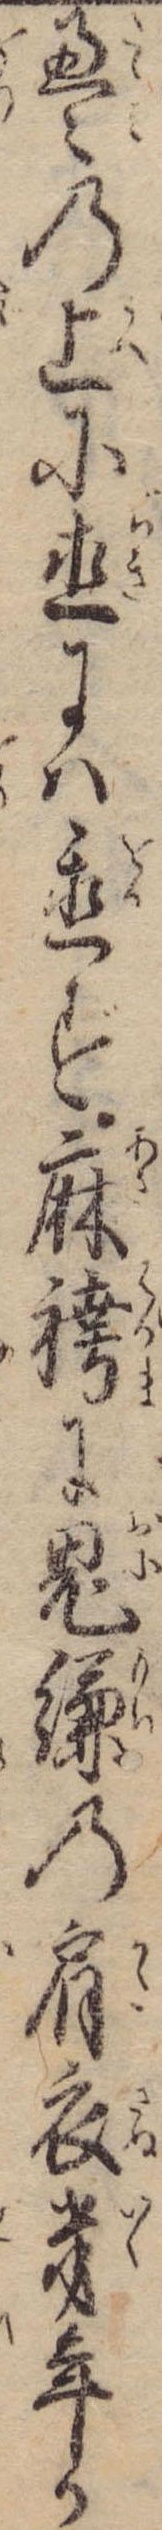
畳の上に直には置ず麻袴に鬼縑の肩衣幾年か